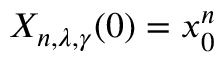
X _ { n , \lambda , \gamma } ( 0 ) = x _ { 0 } ^ { n }